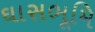
ઘાસભૂમિ